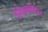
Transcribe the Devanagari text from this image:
लिंगग्रथित